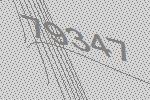
79347